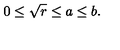
0 \leq \sqrt { r } \leq a \leq b .